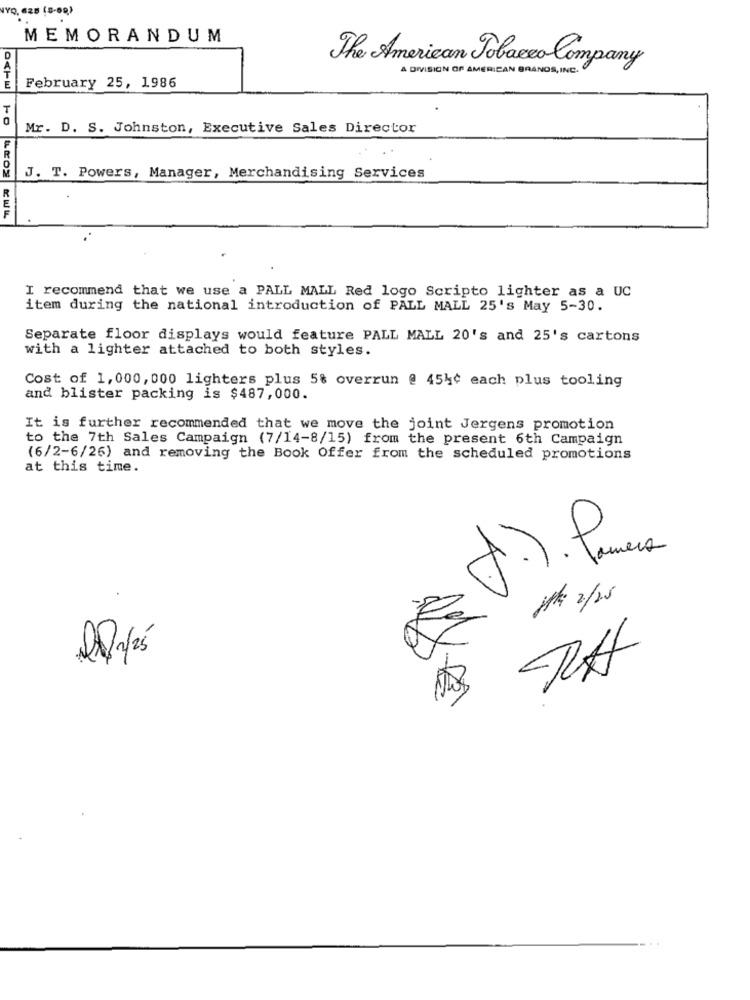
MEMORANDUM
The American Tobacco Company
A DIVISION OF AMERICAN BRANDS, INC.
February 25, 1986
Mr. D. S. Johnston, Executive Sales Director
J. T. Powers, Manager, Merchandising Services
I recommend that we use a PALL MALL Red logo Scripto lighter as a UC
item during the national introduction of PALL MALL 25's May 5-30.
Separate floor displays would feature PALL MALL 20's and 25's cartons
with a lighter attached to both styles.
Cost of 1,000, 000 lighters plus 5% overrun @ 454¢ each plus tooling
and blister packing is $487,000.
It is further recommended that we move the joint Jergens promotion
to the 7th Sales Campaign (7/14-8/15) from the present 6th Campaign
(6/2-6/26) and removing the Book Offer from the scheduled promotions
at this time.
J.). Panera
2/25
RA